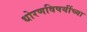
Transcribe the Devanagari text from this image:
धोरणविषयींच्या